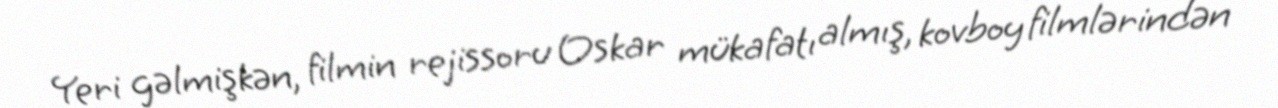
Yeri gəlmişkən, filmin rejissoru Oskar mükafatı almış, kovboy filmlərindən